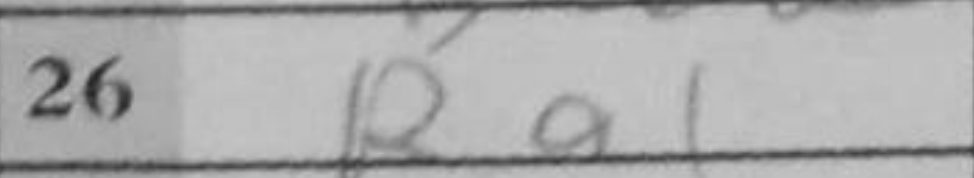
Transcription: Ra1